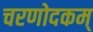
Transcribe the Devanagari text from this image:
चरणोदकम्